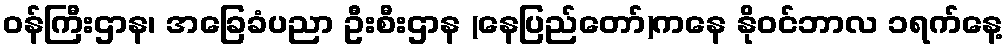
ဝန်ကြီးဌာန၊ အခြေခံပညာ ဦးစီးဌာန (နေပြည်တော်)ကနေ နိုဝင်ဘာလ ၁ရက်နေ့